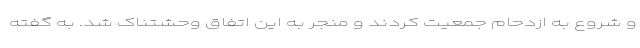
و شروع به ازدحام جمعیت کردند و منجر به این اتفاق وحشتناک شد. به گفته